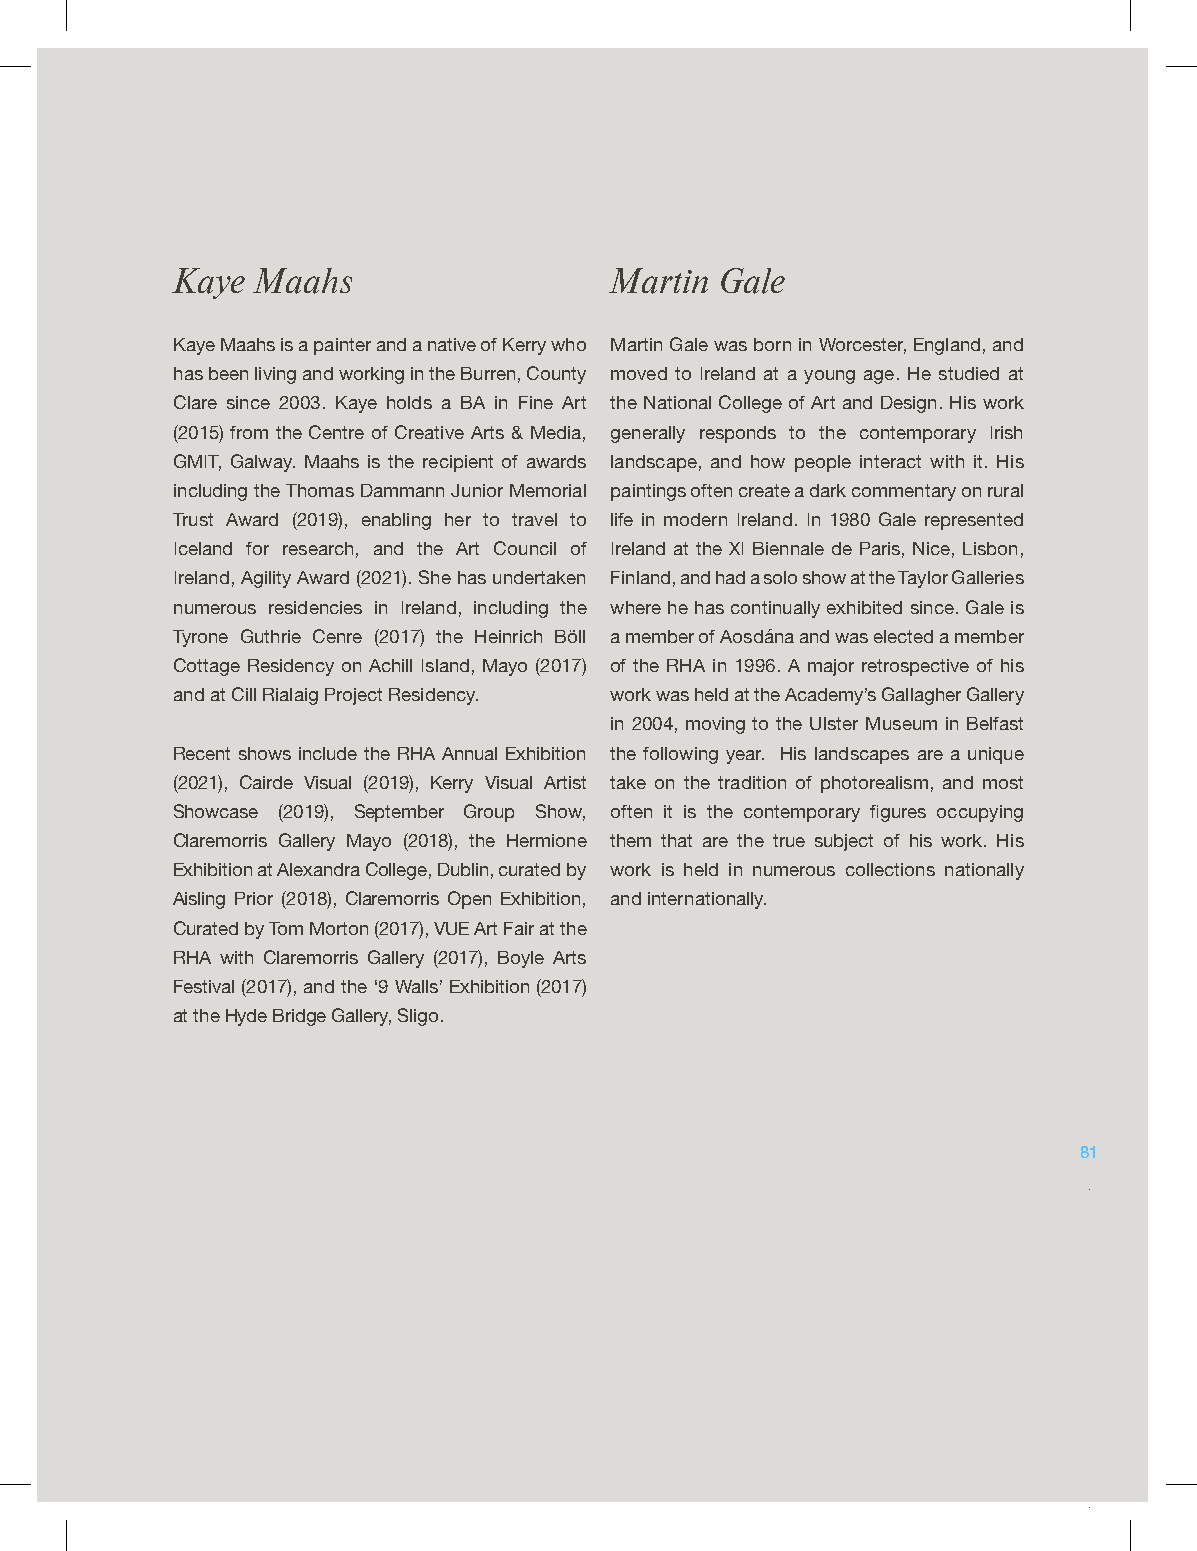
Kaye  Maahs                  Martin  Gale
 Kaye Maahs is a painter and a native of Kerry who Martin Gale was born in Worcester, England, and
 has been living and working in the Burren, County moved to Ireland at a young age. He studied at
 Clare since 2003. Kaye holds a BA in Fine Art the National College of Art and Design. His work
 (2015) from the Centre of Creative Arts & Media, generally responds to the contemporary Irish
 GMIT, Galway. Maahs is the recipient of awards landscape, and how people interact with it. His
 including the Thomas Dammann Junior Memorial paintings often create a dark commentary on rural
 Trust Award (2019), enabling her to travel to life in modern Ireland. In 1980 Gale represented
 Iceland for research, and the Art Council of Ireland at the XI Biennale de Paris, Nice, Lisbon,
 Ireland, Agility Award (2021). She has undertaken Finland, and had a solo show at the Taylor Galleries
 numerous residencies in Ireland, including the where he has continually exhibited since. Gale is
 Tyrone Guthrie Cenre (2017) the Heinrich Böll a member of Aosdána and was elected a member
 Cottage Residency on Achill Island, Mayo (2017) of the RHA in 1996. A major retrospective of his
 and at Cill Rialaig Project Residency. work was held at the Academy’s Gallagher Gallery
 in 2004, moving to the Ulster Museum in Belfast
 Recent shows include the RHA Annual Exhibition the following year. His landscapes are a unique
 (2021), Cairde Visual (2019), Kerry Visual Artist take on the tradition of photorealism, and most
 Showcase (2019), September Group Show, often it is the contemporary figures occupying
 Claremorris Gallery Mayo (2018), the Hermione them that are the true subject of his work. His
 Exhibition at Alexandra College, Dublin, curated by work is held in numerous collections nationally
 Aisling Prior (2018), Claremorris Open Exhibition, and internationally.
 Curated by Tom Morton (2017), VUE Art Fair at the
 RHA with Claremorris Gallery (2017), Boyle Arts
 Festival (2017), and the ‘9 Walls’ Exhibition (2017)
 at the Hyde Bridge Gallery, Sligo.
 81